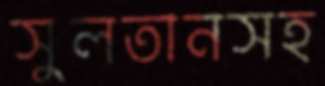
সুলতানসহ